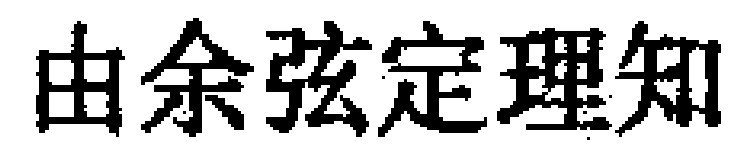
由余弦定理知